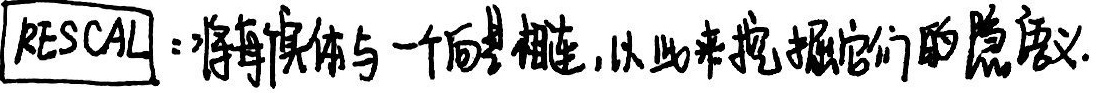
RESCAL：将每个实体与一个向量相连，以此来挖掘它们的隐语义。
\(\text{RESCAL}\)